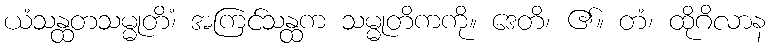
ယံသန္ထတသမ္မုတိံ၊ အကြင်သန္ထက သမ္မုတိကကို။ ဒေတိ၊ ၏။ တံ၊ ထိုဂိလာန